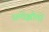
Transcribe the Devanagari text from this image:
समोझौतों